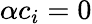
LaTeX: \alpha c_{i}=0